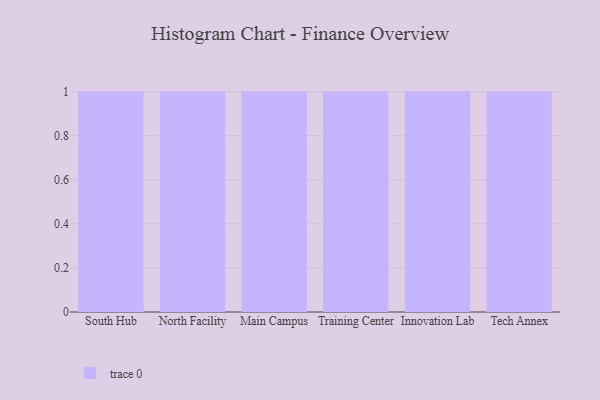
{"axis": {"x": "Campus", "y": "Inventory Turnover"}, "legend": [""], "data": [{"x": "South Hub", "y": 84, "type": ""}, {"x": "North Facility", "y": 46, "type": ""}, {"x": "Main Campus", "y": 97, "type": ""}, {"x": "Training Center", "y": 5, "type": ""}, {"x": "Innovation Lab", "y": 6, "type": ""}, {"x": "Tech Annex", "y": 68, "type": ""}]}